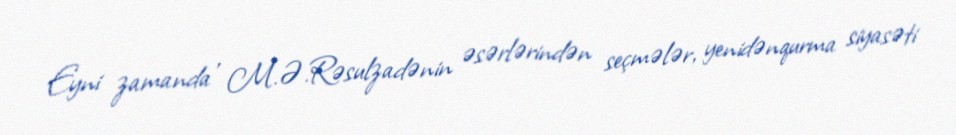
Eyni zamanda , M.Ə.Rəsulzadənin əsərlərindən seçmələr, yenidənqurma siyasəti